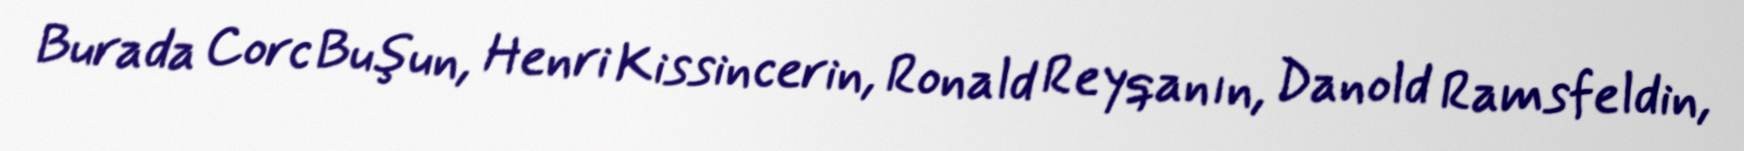
Burada Corc Buşun, Henri Kissincerin, Ronald Reyqanın, Danold Ramsfeldin,